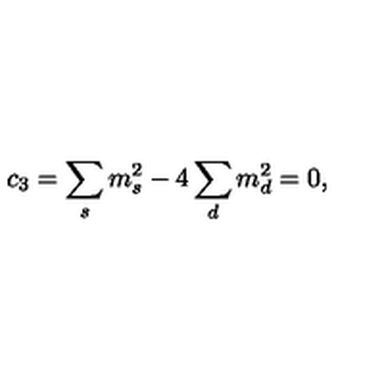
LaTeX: c _ { 3 } = \sum _ { s } m _ { s } ^ { 2 } - 4 \sum _ { d } m _ { d } ^ { 2 } = 0 ,